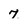
Character: 7